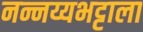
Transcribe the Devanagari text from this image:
नन्नय्यभट्टाला